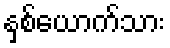
နှစ်ယောက်သား